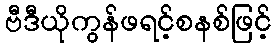
ဗီဒီယိုကွန်ဖရင့်စနစ်ဖြင့်